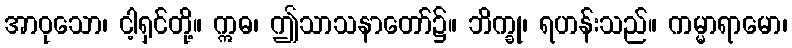
အာဝုသော၊ ငါ့ရှင်တို့။ ဣဓ၊ ဤသာသနာတော်၌။ ဘိက္ခု၊ ရဟန်းသည်။ ကမ္မာရာမော၊